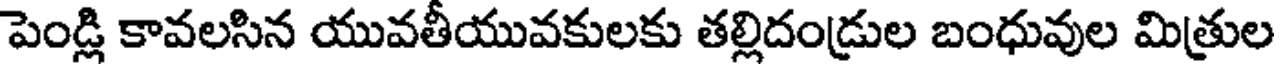
పెండ్లి కావలసిన యువతీయువకులకు తల్లిదండ్రుల బంధువుల మిత్రుల